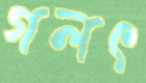
গলৎ